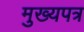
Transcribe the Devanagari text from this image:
मुख्यपत्र